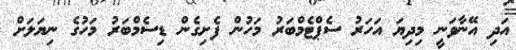
އަދި އޭނާވަނީ މިދިޔަ އަހަރު ސެޕްޓެމްބަރު މަހުން ފެށިގެން ޑިސެމްބަރު މަހުގެ ނިޔަލަށް